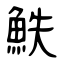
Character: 䱃